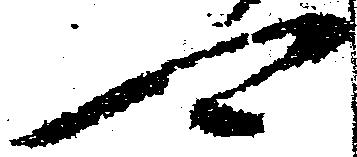
可